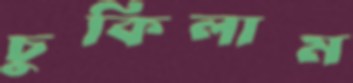
চুকিলাম